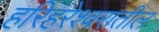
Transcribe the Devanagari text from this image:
हरिहरेश्वरातील